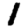
Digit: 1